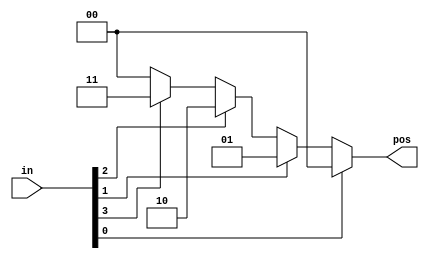
module top_module(
  input [3:0] in,
  output reg [1:0] pos
);
  // Write your code here
    always @(*) begin
        if (in[0]) pos = 2'd0; 
        else if (in[1]) pos = 2'd1;
        else if (in[2]) pos = 2'd2;
        else if (in[3]) pos = 2'd3; // 
        else pos = 2'd0;
    end
endmodule